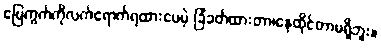
မြေကွက်ကိုလက်ရောက်ရထားပေမဲ့ ခြံခတ်ထားတာ၊နေထိုင်တာမရှိဘူး။